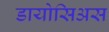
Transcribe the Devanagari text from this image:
डायोसिअस